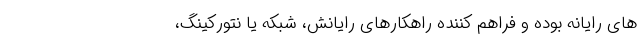
های رایانه بوده و فراهم کننده راهکارهای رایانش، شبکه یا نتورکینگ،